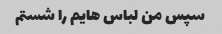
سپس من لباس هایم را شستم